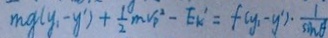
m g ( y _ { 1 } - y ^ { \prime } ) + \frac { 1 ^ { 0 } } { 2 } m V _ { p } ^ { 2 } - E _ { k ^ { \prime } } = f ( y _ { 1 } - y ^ { 1 } ) \cdot \frac { 1 } { \sin \theta }